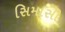
સિમાસી